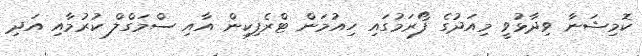
ކޮމިޝަނާ ވިދާޅުވީ މިއަދުގެ ފޯރަމުގައި ހިއުމަން ޓްރެފިކިން އާއި ސްމަގްލް ކުރުމާއި އަދި